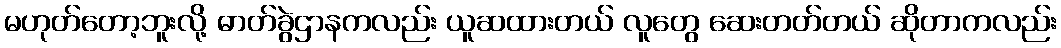
မဟုတ်တော့ဘူးလို့ ဓာတ်ခွဲဌာနကလည်း ယူဆထားတယ် လူတွေ ဆေးတတ်တယ် ဆိုတာကလည်း